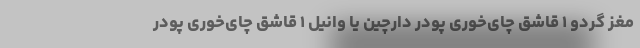
مغز گردو ۱ قاشق چای‌خوری پودر دارچین یا وانیل ۱ قاشق چای‌خوری پودر